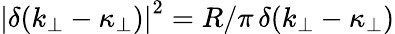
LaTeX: \left|\delta(k_{\perp}-\kappa_{\perp})\right|^{2}=R/\pi\, \delta(k_{\perp}-\kappa_{\perp})